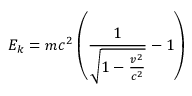
E _ { k } = m c ^ { 2 } \left( { \frac { 1 } { \sqrt { 1 - { \frac { v ^ { 2 } } { c ^ { 2 } } } } } } - 1 \right)